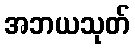
အဘယသုတ်